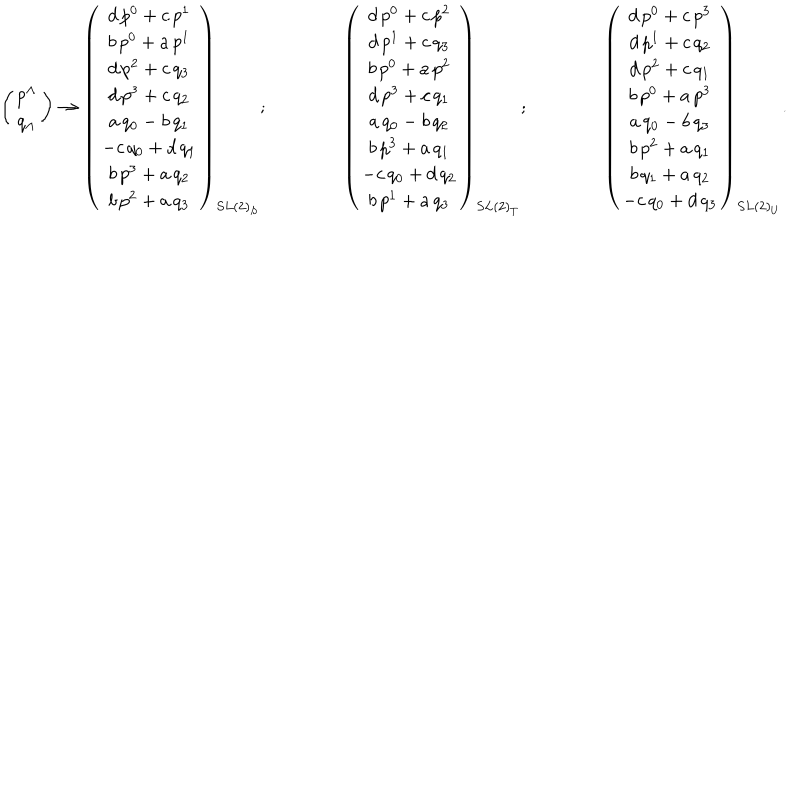
\left( \begin{matrix} { { p ^ { \Lambda } } } \\ { { q _ { \Lambda } } } \\ \end{matrix} \right) \rightarrow \left( \begin{matrix} { { d \, p ^ { 0 } + c \, p ^ { 1 } } } \\ { { b \, p ^ { 0 } + a \, p ^ { 1 } } } \\ { { d \, p ^ { 2 } + c \, q _ { 3 } } } \\ { { d \, p ^ { 3 } + c \, q _ { 2 } } } \\ { { a \, q _ { 0 } - b \, q _ { 1 } } } \\ { { - c \, q _ { 0 } + d \, q _ { 1 } } } \\ { { b \, p ^ { 3 } + a \, q _ { 2 } } } \\ { { b \, p ^ { 2 } + a \, q _ { 3 } } } \\ \end{matrix} \right) _ { S L ( 2 ) _ { S } } ; \qquad \qquad \left( \begin{matrix} { { d \, p ^ { 0 } + c \, p ^ { 2 } } } \\ { { d \, p ^ { 1 } + c \, q _ { 3 } } } \\ { { b \, p ^ { 0 } + a \, p ^ { 2 } } } \\ { { d \, p ^ { 3 } + c \, q _ { 1 } } } \\ { { a \, q _ { 0 } - b \, q _ { 2 } } } \\ { { b \, p ^ { 3 } + a \, q _ { 1 } } } \\ { { - c \, q _ { 0 } + d \, q _ { 2 } } } \\ { { b \, p ^ { 1 } + a \, q _ { 3 } } } \\ \end{matrix} \right) _ { S L ( 2 ) _ { T } } ; \qquad \qquad \left( \begin{matrix} { { d \, p ^ { 0 } + c \, p ^ { 3 } } } \\ { { d \, p ^ { 1 } + c \, q _ { 2 } } } \\ { { d \, p ^ { 2 } + c \, q _ { 1 } } } \\ { { b \, p ^ { 0 } + a \, p ^ { 3 } } } \\ { { a \, q _ { 0 } - b \, q _ { 3 } } } \\ { { b \, p ^ { 2 } + a \, q _ { 1 } } } \\ { { b \, q _ { 1 } + a \, q _ { 2 } } } \\ { { - c \, q _ { 0 } + d \, q _ { 3 } } } \\ \end{matrix} \right) _ { S L ( 2 ) _ { U } } .